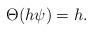
LaTeX: \begin{align*}\Theta(h \psi)=h.\end{align*}